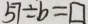
5 7 \div b = \square